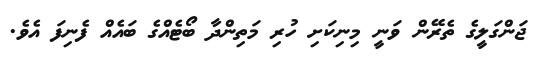
ޖަންގަލީގެ ތެރޭން ވަނީ މިނިކަށި ހުރި މަތިންދާ ބޯޓެއްގެ ބައެއް ފެނިފަ އެވެ.